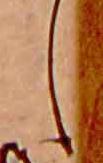
し